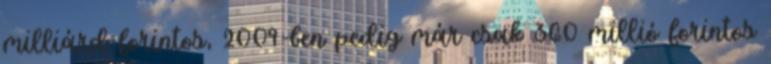
milliárd forintos, 2009-ben pedig már csak 360 millió forintos